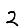
Digit: 2